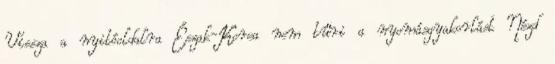
Vissza a nyitóoldalra Észak-Korea nem tűri a nyomásgyakorlást Nézd